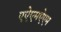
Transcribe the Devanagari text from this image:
एऐएमऐएम